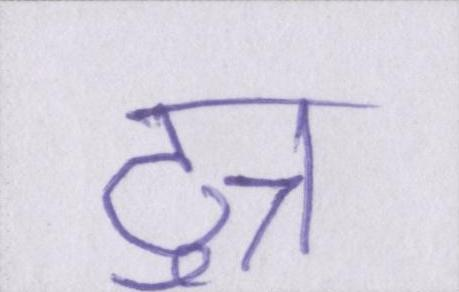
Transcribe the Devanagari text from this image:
टुन्न